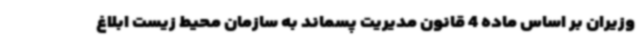
وزیران بر اساس ماده 4 قانون مدیریت پسماند به سازمان محیط زیست ابلاغ